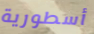
أسطورية